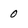
Character: 0